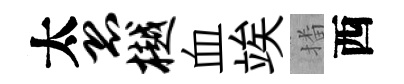
太恐樾血竢播西